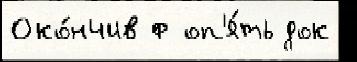
Око́нчив ф оп'я́ть док